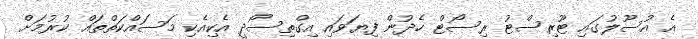
އެ އުސޫލުގައި ޓޫރިސްޓު ރިސޯޓް ހެދުން ފިޔަވައި އިގްތިސޯދީ އެކިއެކި މަސައްކަތްތައް ކުރުމަށް